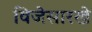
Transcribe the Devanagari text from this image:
विजेसारखे